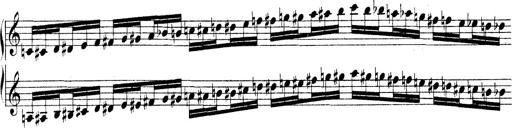
Title: Technische Studien
Composer: Franz Liszt